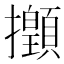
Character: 𢹻